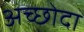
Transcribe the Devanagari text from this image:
अच्छोदा